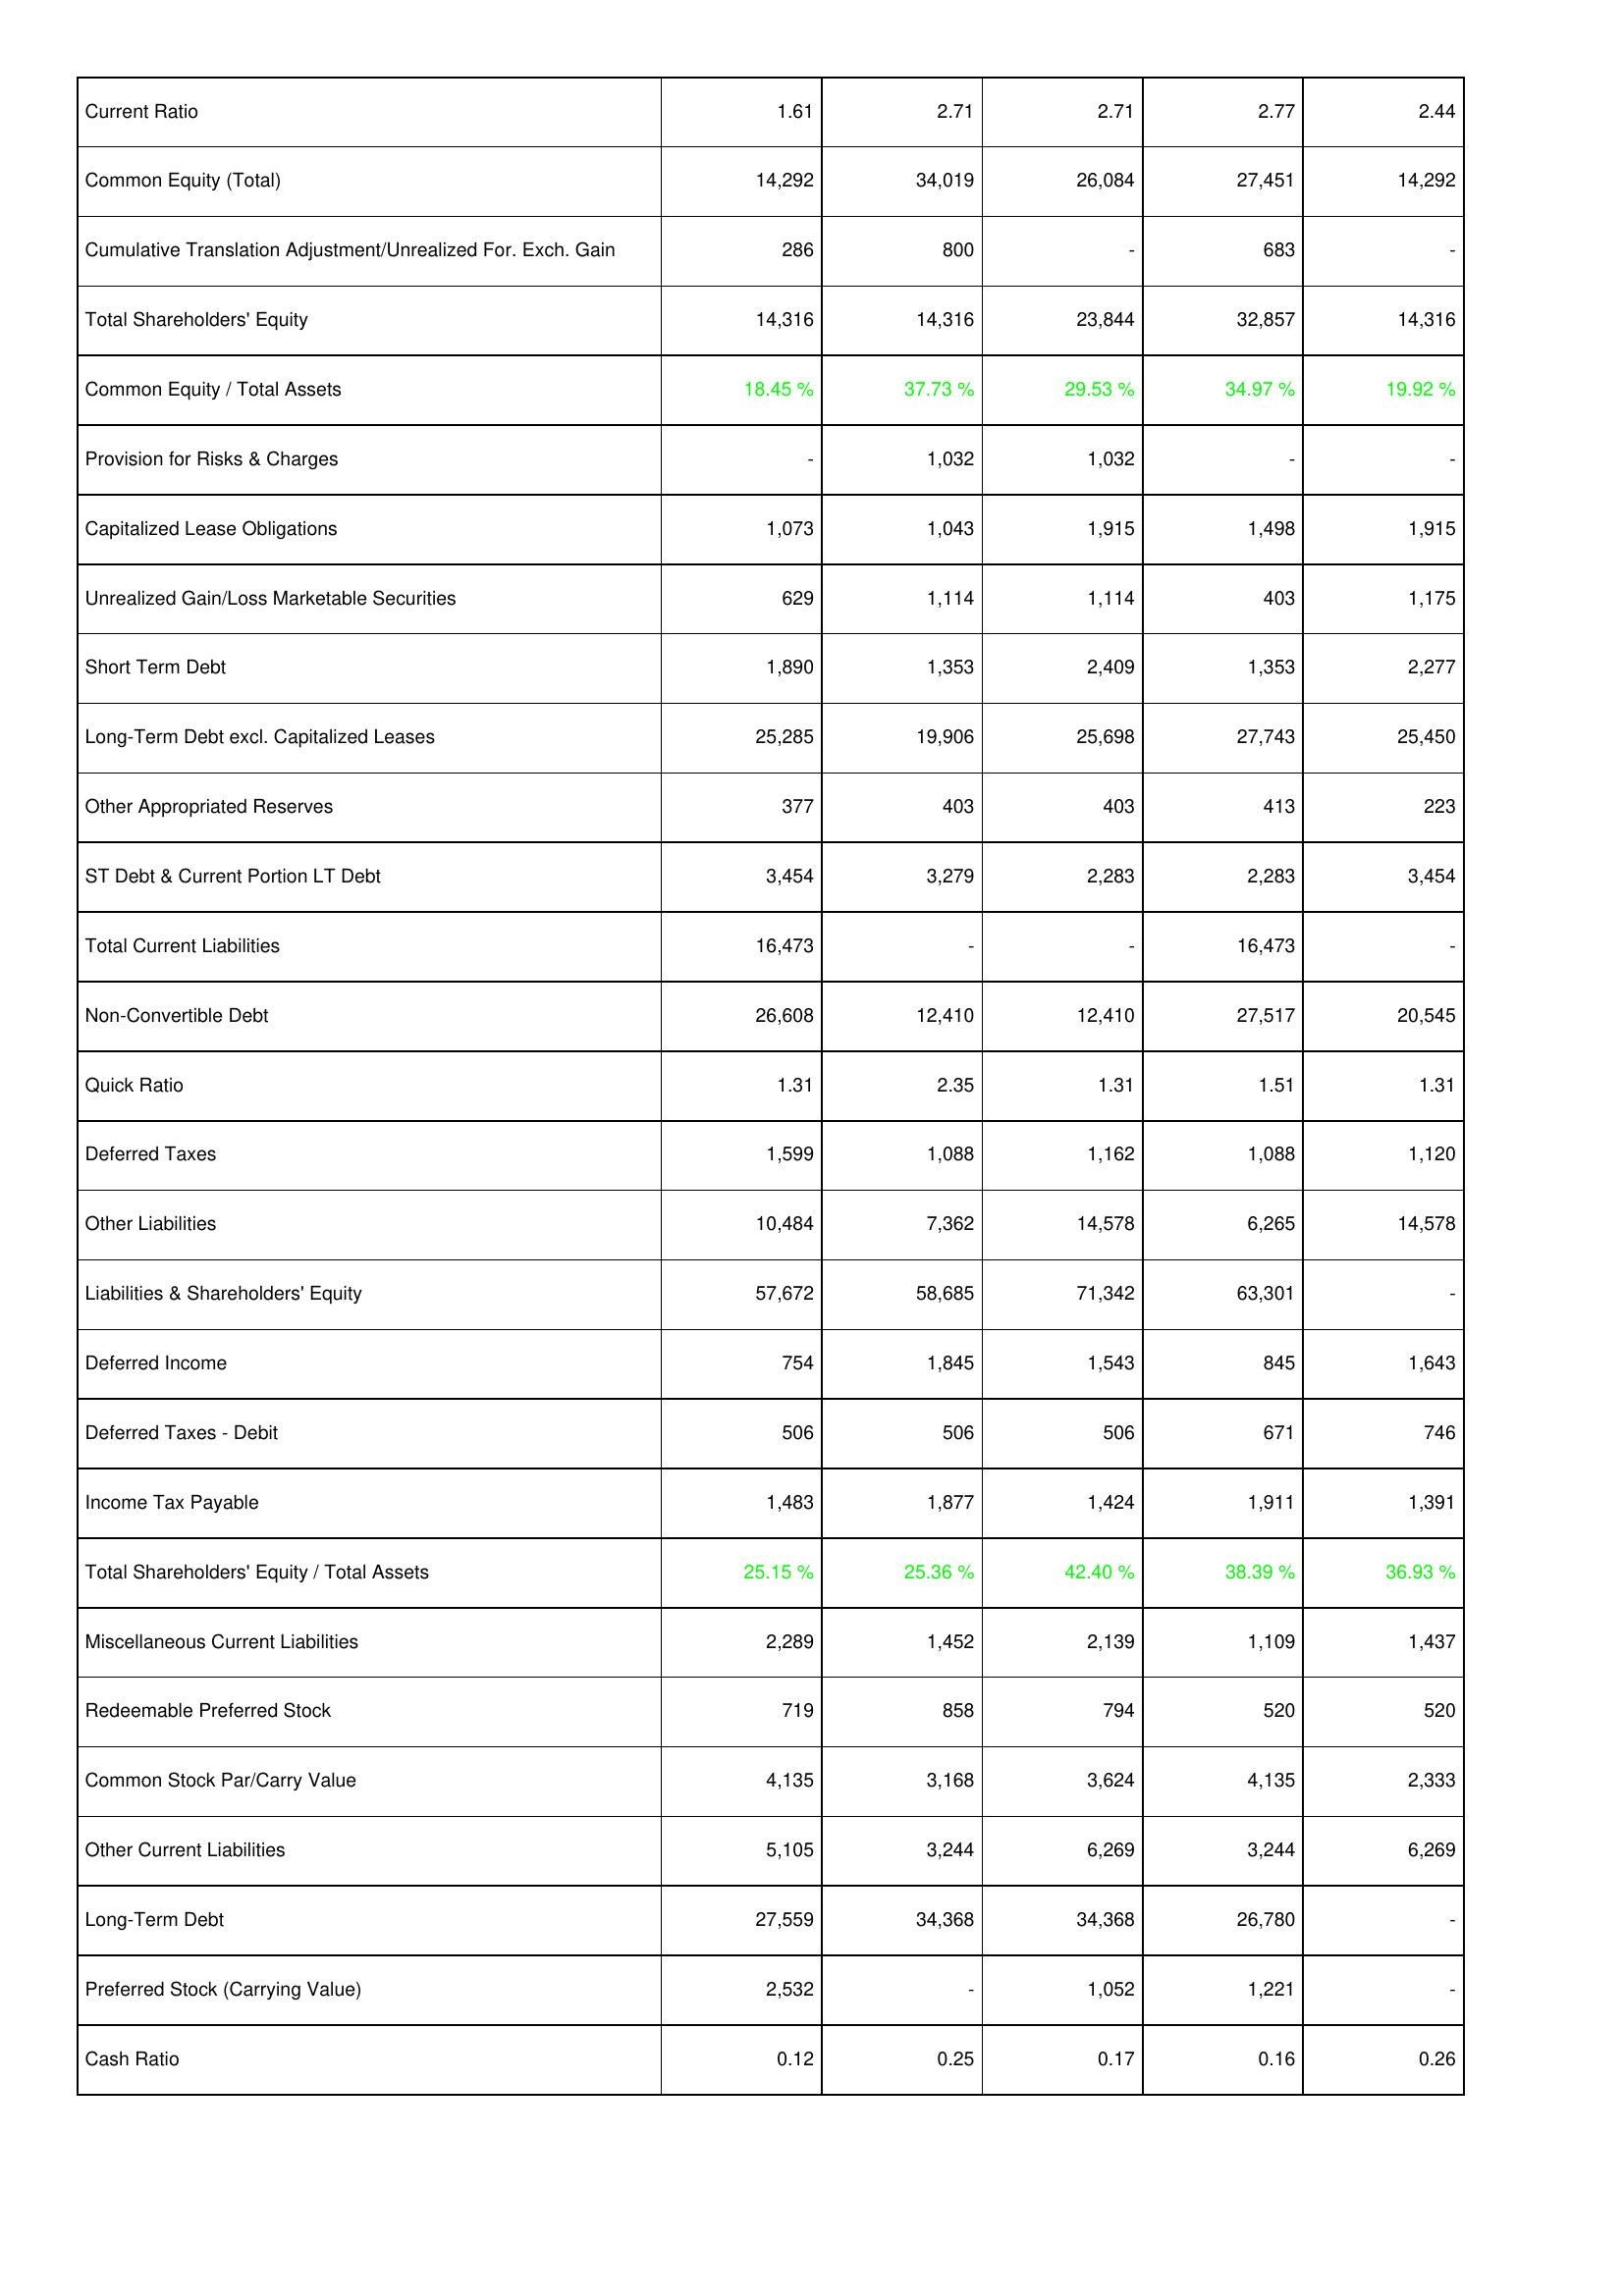
2010: Liabilities & Shareholders' Equity: Current Ratio: 1.61
Common Equity (Total): 14,292
Cumulative Translation Adjustment/Unrealized For. Exch. Gain: 286
Total Shareholders' Equity: 14,316
Common Equity / Total Assets: 18.45 %
Provision for Risks & Charges: -
Capitalized Lease Obligations: 1,073
Unrealized Gain/Loss Marketable Securities: 629
Short Term Debt: 1,890
Long-Term Debt excl. Capitalized Leases: 25,285
Other Appropriated Reserves: 377
ST Debt & Current Portion LT Debt: 3,454
Total Current Liabilities: 16,473
Non-Convertible Debt: 26,608
Quick Ratio: 1.31
Deferred Taxes: 1,599
Other Liabilities: 10,484
Liabilities & Shareholders' Equity: 57,672
Deferred Income: 754
Deferred Taxes - Debit: 506
Income Tax Payable: 1,483
Total Shareholders' Equity / Total Assets: 25.15 %
Miscellaneous Current Liabilities: 2,289
Redeemable Preferred Stock: 719
Common Stock Par/Carry Value: 4,135
Other Current Liabilities: 5,105
Long-Term Debt: 27,559
Preferred Stock (Carrying Value): 2,532
Cash Ratio: 0.12
2011: Liabilities & Shareholders' Equity: Current Ratio: 2.71
Common Equity (Total): 34,019
Cumulative Translation Adjustment/Unrealized For. Exch. Gain: 800
Total Shareholders' Equity: 14,316
Common Equity / Total Assets: 37.73 %
Provision for Risks & Charges: 1,032
Capitalized Lease Obligations: 1,043
Unrealized Gain/Loss Marketable Securities: 1,114
Short Term Debt: 1,353
Long-Term Debt excl. Capitalized Leases: 19,906
Other Appropriated Reserves: 403
ST Debt & Current Portion LT Debt: 3,279
Total Current Liabilities: -
Non-Convertible Debt: 12,410
Quick Ratio: 2.35
Deferred Taxes: 1,088
Other Liabilities: 7,362
Liabilities & Shareholders' Equity: 58,685
Deferred Income: 1,845
Deferred Taxes - Debit: 506
Income Tax Payable: 1,877
Total Shareholders' Equity / Total Assets: 25.36 %
Miscellaneous Current Liabilities: 1,452
Redeemable Preferred Stock: 858
Common Stock Par/Carry Value: 3,168
Other Current Liabilities: 3,244
Long-Term Debt: 34,368
Preferred Stock (Carrying Value): -
Cash Ratio: 0.25
2012: Liabilities & Shareholders' Equity: Current Ratio: 2.71
Common Equity (Total): 26,084
Cumulative Translation Adjustment/Unrealized For. Exch. Gain: -
Total Shareholders' Equity: 23,844
Common Equity / Total Assets: 29.53 %
Provision for Risks & Charges: 1,032
Capitalized Lease Obligations: 1,915
Unrealized Gain/Loss Marketable Securities: 1,114
Short Term Debt: 2,409
Long-Term Debt excl. Capitalized Leases: 25,698
Other Appropriated Reserves: 403
ST Debt & Current Portion LT Debt: 2,283
Total Current Liabilities: -
Non-Convertible Debt: 12,410
Quick Ratio: 1.31
Deferred Taxes: 1,162
Other Liabilities: 14,578
Liabilities & Shareholders' Equity: 71,342
Deferred Income: 1,543
Deferred Taxes - Debit: 506
Income Tax Payable: 1,424
Total Shareholders' Equity / Total Assets: 42.40 %
Miscellaneous Current Liabilities: 2,139
Redeemable Preferred Stock: 794
Common Stock Par/Carry Value: 3,624
Other Current Liabilities: 6,269
Long-Term Debt: 34,368
Preferred Stock (Carrying Value): 1,052
Cash Ratio: 0.17
2013: Liabilities & Shareholders' Equity: Current Ratio: 2.77
Common Equity (Total): 27,451
Cumulative Translation Adjustment/Unrealized For. Exch. Gain: 683
Total Shareholders' Equity: 32,857
Common Equity / Total Assets: 34.97 %
Provision for Risks & Charges: -
Capitalized Lease Obligations: 1,498
Unrealized Gain/Loss Marketable Securities: 403
Short Term Debt: 1,353
Long-Term Debt excl. Capitalized Leases: 27,743
Other Appropriated Reserves: 413
ST Debt & Current Portion LT Debt: 2,283
Total Current Liabilities: 16,473
Non-Convertible Debt: 27,517
Quick Ratio: 1.51
Deferred Taxes: 1,088
Other Liabilities: 6,265
Liabilities & Shareholders' Equity: 63,301
Deferred Income: 845
Deferred Taxes - Debit: 671
Income Tax Payable: 1,911
Total Shareholders' Equity / Total Assets: 38.39 %
Miscellaneous Current Liabilities: 1,109
Redeemable Preferred Stock: 520
Common Stock Par/Carry Value: 4,135
Other Current Liabilities: 3,244
Long-Term Debt: 26,780
Preferred Stock (Carrying Value): 1,221
Cash Ratio: 0.16
2014: Liabilities & Shareholders' Equity: Current Ratio: 2.44
Common Equity (Total): 14,292
Cumulative Translation Adjustment/Unrealized For. Exch. Gain: -
Total Shareholders' Equity: 14,316
Common Equity / Total Assets: 19.92 %
Provision for Risks & Charges: -
Capitalized Lease Obligations: 1,915
Unrealized Gain/Loss Marketable Securities: 1,175
Short Term Debt: 2,277
Long-Term Debt excl. Capitalized Leases: 25,450
Other Appropriated Reserves: 223
ST Debt & Current Portion LT Debt: 3,454
Total Current Liabilities: -
Non-Convertible Debt: 20,545
Quick Ratio: 1.31
Deferred Taxes: 1,120
Other Liabilities: 14,578
Liabilities & Shareholders' Equity: -
Deferred Income: 1,643
Deferred Taxes - Debit: 746
Income Tax Payable: 1,391
Total Shareholders' Equity / Total Assets: 36.93 %
Miscellaneous Current Liabilities: 1,437
Redeemable Preferred Stock: 520
Common Stock Par/Carry Value: 2,333
Other Current Liabilities: 6,269
Long-Term Debt: -
Preferred Stock (Carrying Value): -
Cash Ratio: 0.26